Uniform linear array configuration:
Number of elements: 16
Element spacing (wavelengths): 0.5
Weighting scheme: hann
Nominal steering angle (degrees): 30
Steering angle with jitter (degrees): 31.631
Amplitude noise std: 0.05
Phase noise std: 0.05

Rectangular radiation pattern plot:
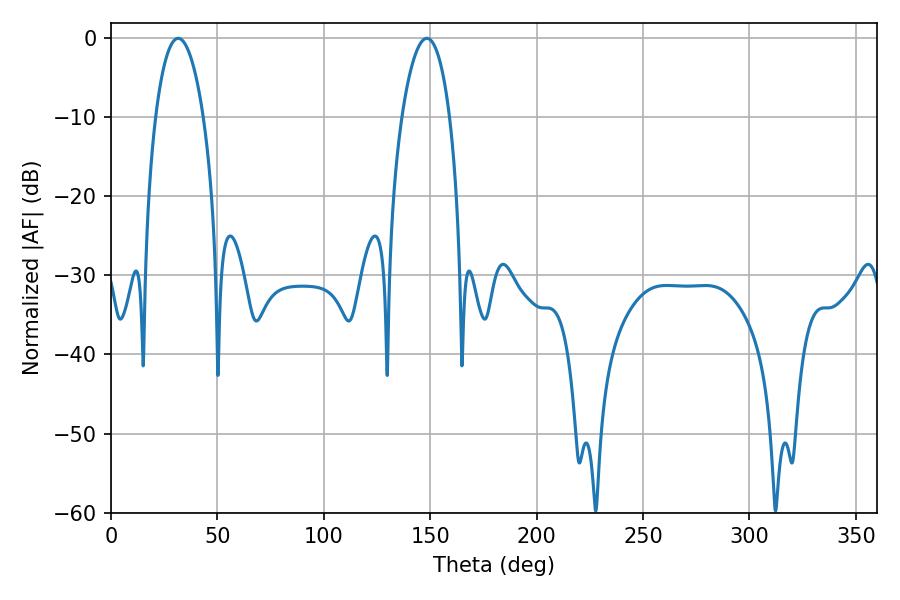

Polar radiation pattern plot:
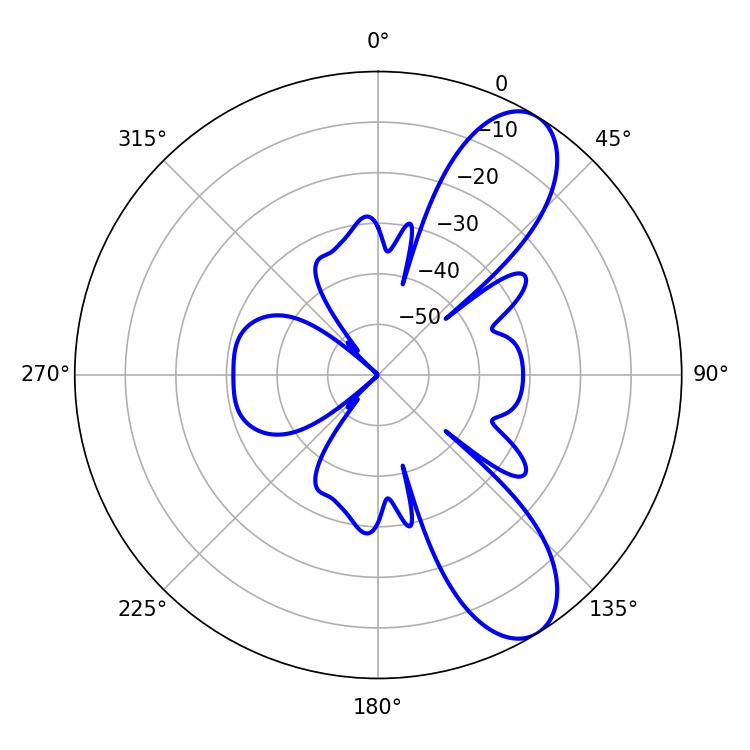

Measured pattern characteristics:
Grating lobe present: FALSE
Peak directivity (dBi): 9.111
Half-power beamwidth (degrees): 12.6
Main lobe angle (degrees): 31.5